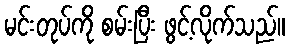
မင်းတုပ်ကို စမ်းပြီး ဖွင့်လိုက်သည်။